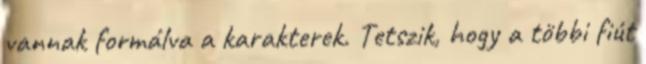
vannak formálva a karakterek. Tetszik, hogy a többi fiút